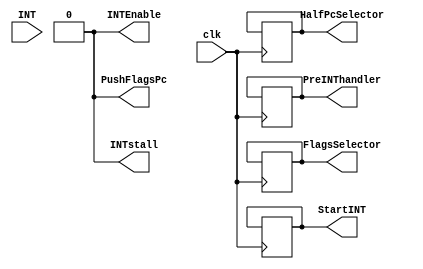
module InterruptDedector(
    input clk,
    input INT,
    output reg StartINT,
    output reg INTEnable,
    output reg [15:0] PreINThandler,
    output reg INTstall,
    output reg HalfPcSelector,
    output reg FlagsSelector,
    output reg PushFlagsPc
);

    reg [3:0] counter;
    assign counter = 0;
    assign INTstall = 0;
    assign INTEnable = 0;
    assign PushFlagsPc = 0;

    always @(posedge clk) begin

        counter = counter + 1;

        if (INTstall == 1 & counter == 4) begin
            INTEnable = 1;
            PreINThandler = 16'b010_000_011_011_0000; //Push R3
            HalfPcSelector = 0;
            FlagsSelector = 0;
            PushFlagsPc = 1;
        end
        else if (INTstall == 1 & counter == 7) begin
            HalfPcSelector = 1;
            PreINThandler = 16'bxxxxxxxxxxxxxxxx;
        end
        else if (INTstall == 1 & counter == 8) begin
            HalfPcSelector = 0;
        end
        else if (INTstall == 1 & counter == 9) begin
            FlagsSelector = 1;
        end
        else if (INTstall == 1 & counter == 10) begin
            INTstall = 0;
            INTEnable = 0;
            StartINT = 1;
            PushFlagsPc = 0;
        end
        else if (counter == 11 & StartINT == 1) begin
            StartINT = 0;
        end
        if (INT == 1 & INTstall == 0) begin
            counter = 0;
            INTstall = 1;
        end
   end

endmodule